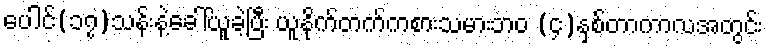
ပေါင်(၁၇)သန်းနဲ့ခေါ်ယူခဲ့ပြီး ယူနိုက်တက်ကစားသမားဘ၀ (၄)နှစ်တာကာလအတွင်း